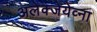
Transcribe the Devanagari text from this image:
अलेक्जेयेव्ना